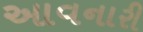
આવનારી